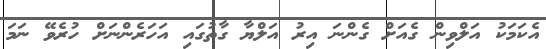
އެކަމަކު އަލްވިން ގެއަށް ގެންނަ އިރު އަލްޔާ ގާތުގައި އަހަރެންނަށް ހުރެވޭ ނަމަ